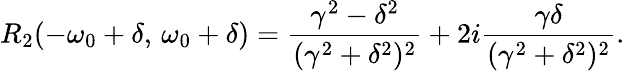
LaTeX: R_{2}(-\omega_{0}+\delta,\, \omega_{0}+\delta)=\frac{\gamma^{2}-\delta^{2}}{(\gamma^{2}+\delta^{2})^{2}}+2i\frac{\gamma\delta}{(\gamma^{2}+\delta^{2})^{2}}.